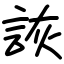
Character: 詼